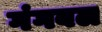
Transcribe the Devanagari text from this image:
गंगबल